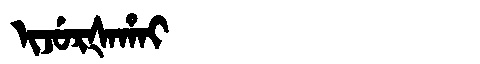
Manchu: ᡳᠵᡠᡵᡧᠠᡥᠠᡳ
Romanization: IJURŠAHAI